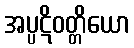
အပ္ပဋိဝတ္တိယော